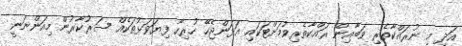
އަދި މި ނުރައްކާތެރި ވަބާއިން ރައްކާތެރިވުމަށްޓަކައި އަޅަންޖެހޭ ހުރިހާ ފިޔަވަޅުތަކެއް ސަރުކާރުން މިއަންނަނީ